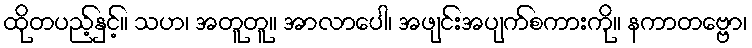
ထိုတပည့်နှင့်။ သဟ၊ အတူတူ။ အာလာပေါ၊ အဖျင်းအပျက်စကားကို။ နကာတဗ္ဗော၊